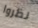
نظروا